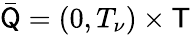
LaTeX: \bar{\mathsf Q}=(0,T_{\nu})\times\mathsf T